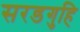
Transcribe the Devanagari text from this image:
सरडगुहि